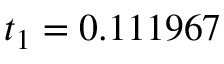
t _ { 1 } = 0 . 1 1 1 9 6 7